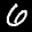
Label: 6